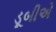
ડૂબીએ